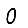
Digit: 0